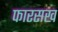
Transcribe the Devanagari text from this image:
फारसख